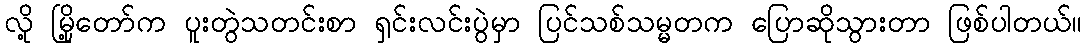
လို့ မြို့တော်က ပူးတွဲသတင်းစာ ရှင်းလင်းပွဲမှာ ပြင်သစ်သမ္မတက ပြောဆိုသွားတာ ဖြစ်ပါတယ်။